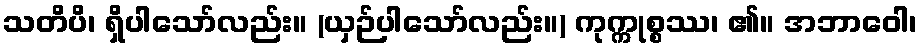
သတိပိ၊ ရှိပါသော်လည်း။ (ယှဉ်ပါသော်လည်း။) ကုက္ကုစ္စဿ၊ ၏။ အဘာဝေါ၊